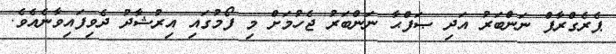
ޕެރެގްރާފް ނަންބަރު އަދި ޞަފްޙާ ނަންބަރު ޖެހުމަށް މި ފޯމުގައި އިރުޝާދު ދެވިފައިވާނެއެވެ.